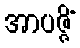
အာပဇ္ဇိံ